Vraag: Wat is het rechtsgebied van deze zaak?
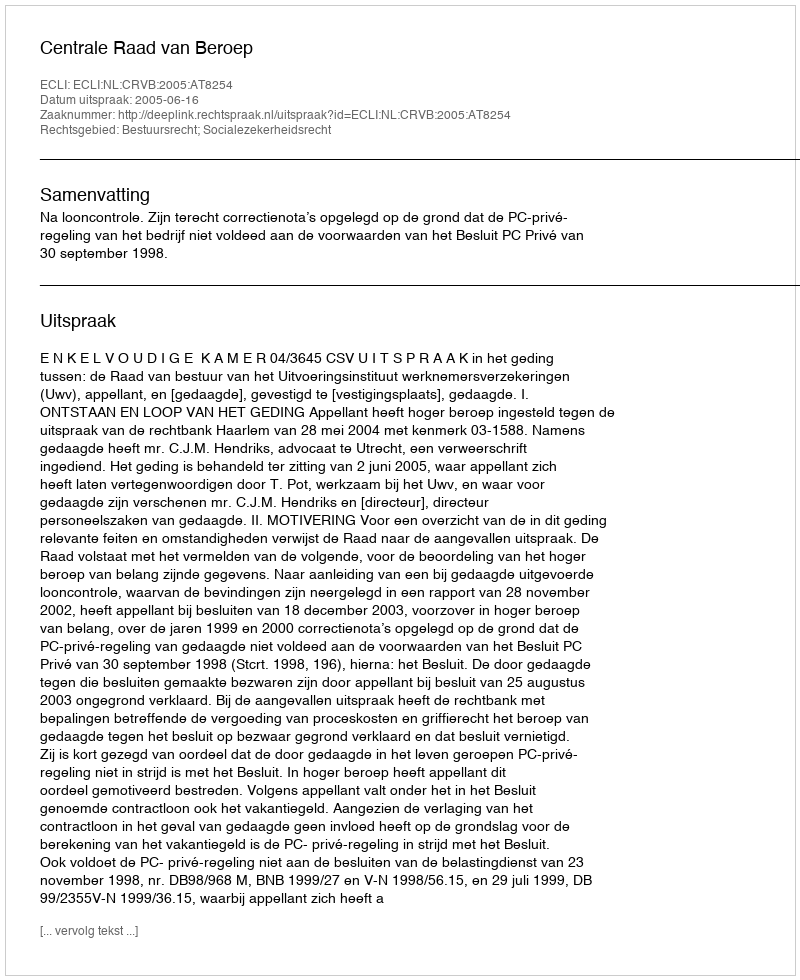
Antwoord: Bestuursrecht; Socialezekerheidsrecht